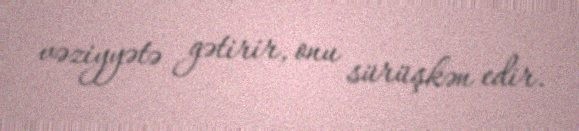
vəziyyətə gətirir, onu sürüşkən edir.